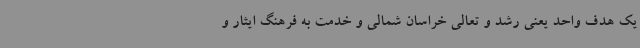
یک هدف واحد یعنی رشد و تعالی خراسان شمالی و خدمت به فرهنگ ایثار و